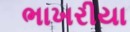
ભાખરીયા